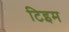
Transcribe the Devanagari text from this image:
टिइम